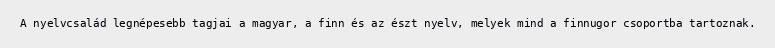
A nyelvcsalád legnépesebb tagjai a magyar, a finn és az észt nyelv, melyek mind a finnugor csoportba tartoznak.